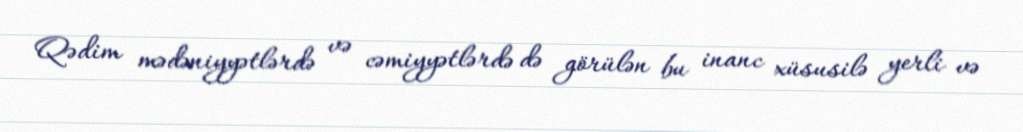
Qədim mədəniyyətlərdə və cəmiyyətlərdə də görülən bu inanc xüsusilə yerli və